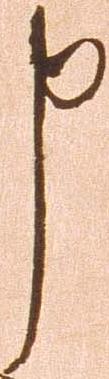
申